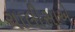
ચાલીસાએ